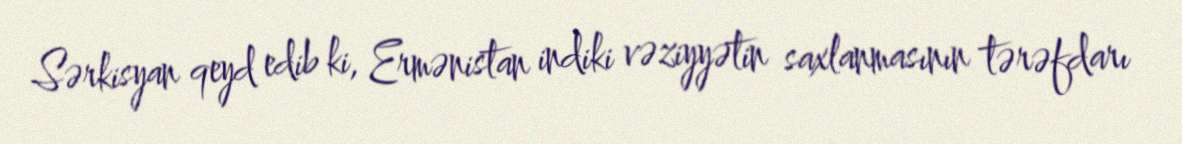
Sərkisyan qeyd edib ki, Ermənistan indiki vəziyyətin saxlanmasının tərəfdarı